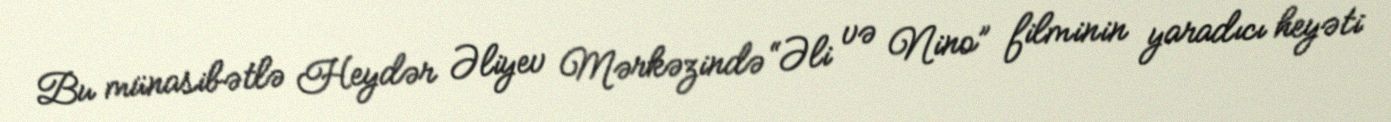
Bu münasibətlə Heydər Əliyev Mərkəzində “Əli və Nino” filminin yaradıcı heyəti